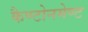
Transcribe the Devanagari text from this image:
कैण्टोनमेण्ट